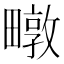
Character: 𮵃